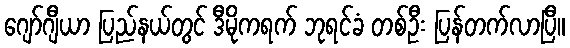
ဂျော်ဂျီယာ ပြည်နယ်တွင် ဒီမိုကရက် ဘုရင်ခံ တစ်ဦး ပြန်တက်လာပြီ။